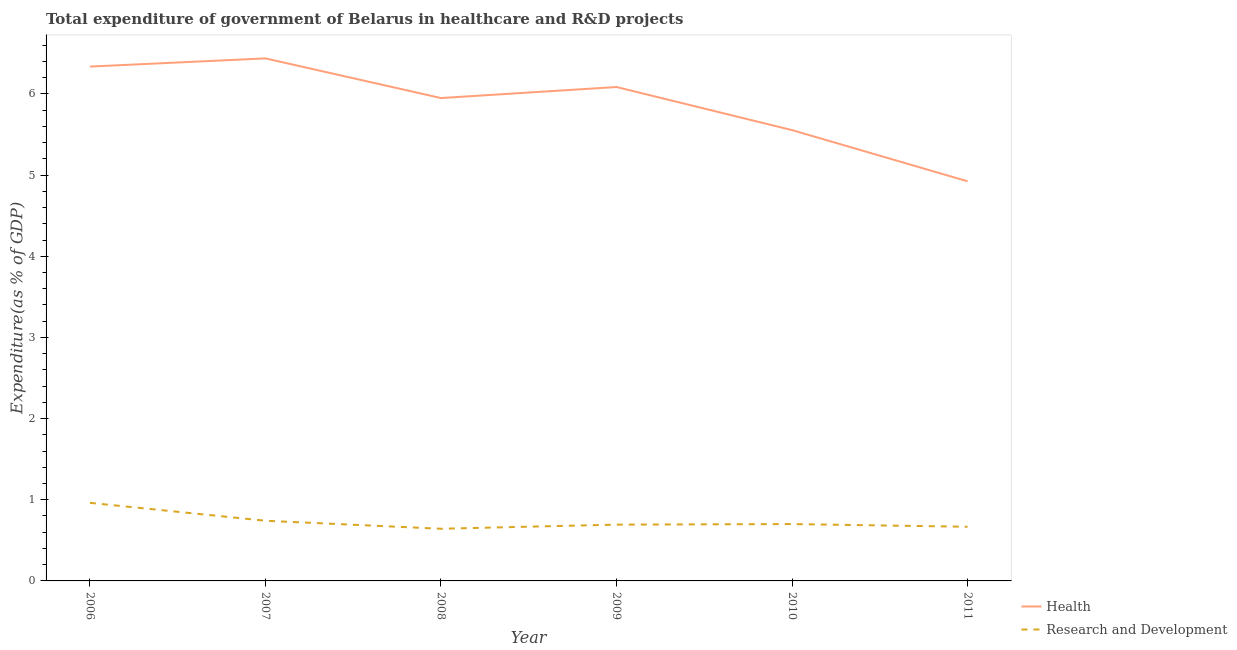
| Year | Health | Research and Development |
 | --- | --- | --- |
 | 2006 | 6.34 | 0.962 |
 | 2007 | 6.44 | 0.741 |
 | 2008 | 5.95 | 0.643 |
 | 2009 | 6.09 | 0.694 |
 | 2010 | 5.55 | 0.701 |
 | 2011 | 4.92 | 0.667 |